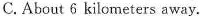
C.About 6 kilometers away.